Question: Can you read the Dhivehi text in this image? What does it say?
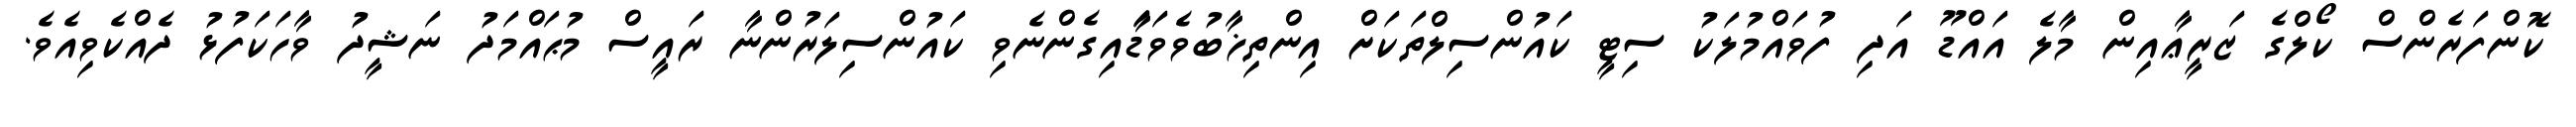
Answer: ކޮންފަރެންސް ކޯލްގެ ޒަރީޢާއިން މާލެ އައްޑޫ އަދި ފުވައްމުލަކު ސިޓީ ކައުންސިލްތަކަށް އިންތިޚާބުވެވަޑާައިގެންނެވި ކައުންސިލަރުންނާ ރައީސް މުޙައްމަދު ނަޝީދު ވާހަކަފުޅު ދެއްކެވިއެވެ.